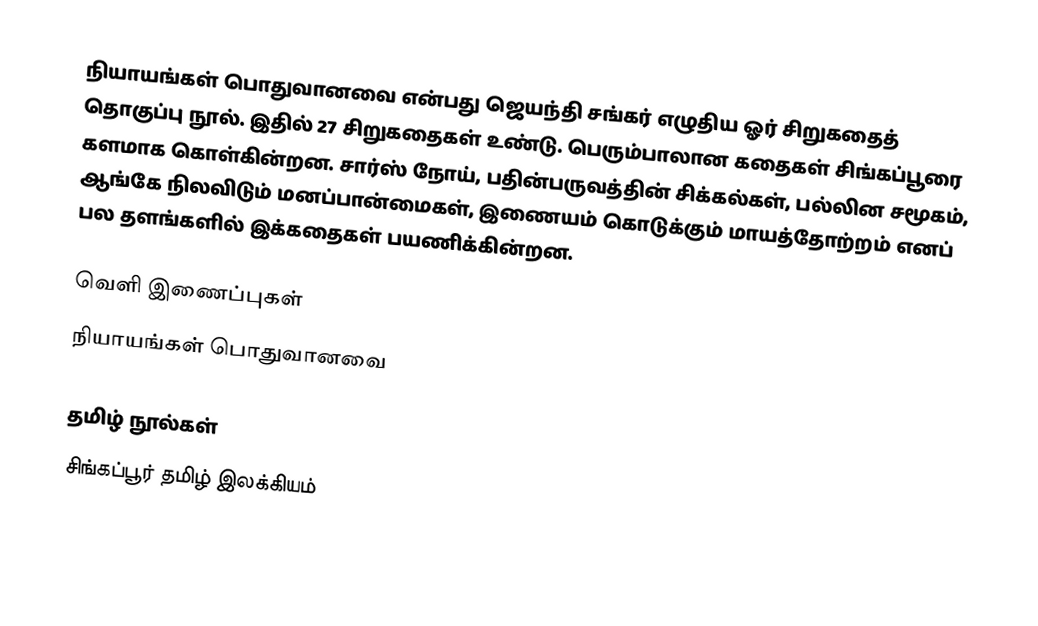
நியாயங்கள் பொதுவானவை என்பது ஜெயந்தி சங்கர் எழுதிய ஓர் சிறுகதைத் தொகுப்பு நூல்.  இதில் 27 சிறுகதைகள் உண்டு.  பெரும்பாலான கதைகள் சிங்கப்பூரை களமாக கொள்கின்றன.  சார்ஸ் நோய், பதின்பருவத்தின் சிக்கல்கள், பல்லின சமூகம், ஆங்கே நிலவிடும் மனப்பான்மைகள், இணையம் கொடுக்கும் மாயத்தோற்றம் எனப் பல தளங்களில் இக்கதைகள் பயணிக்கின்றன.

வெளி இணைப்புகள்
 நியாயங்கள் பொதுவானவை

தமிழ் நூல்கள்
சிங்கப்பூர் தமிழ் இலக்கியம்